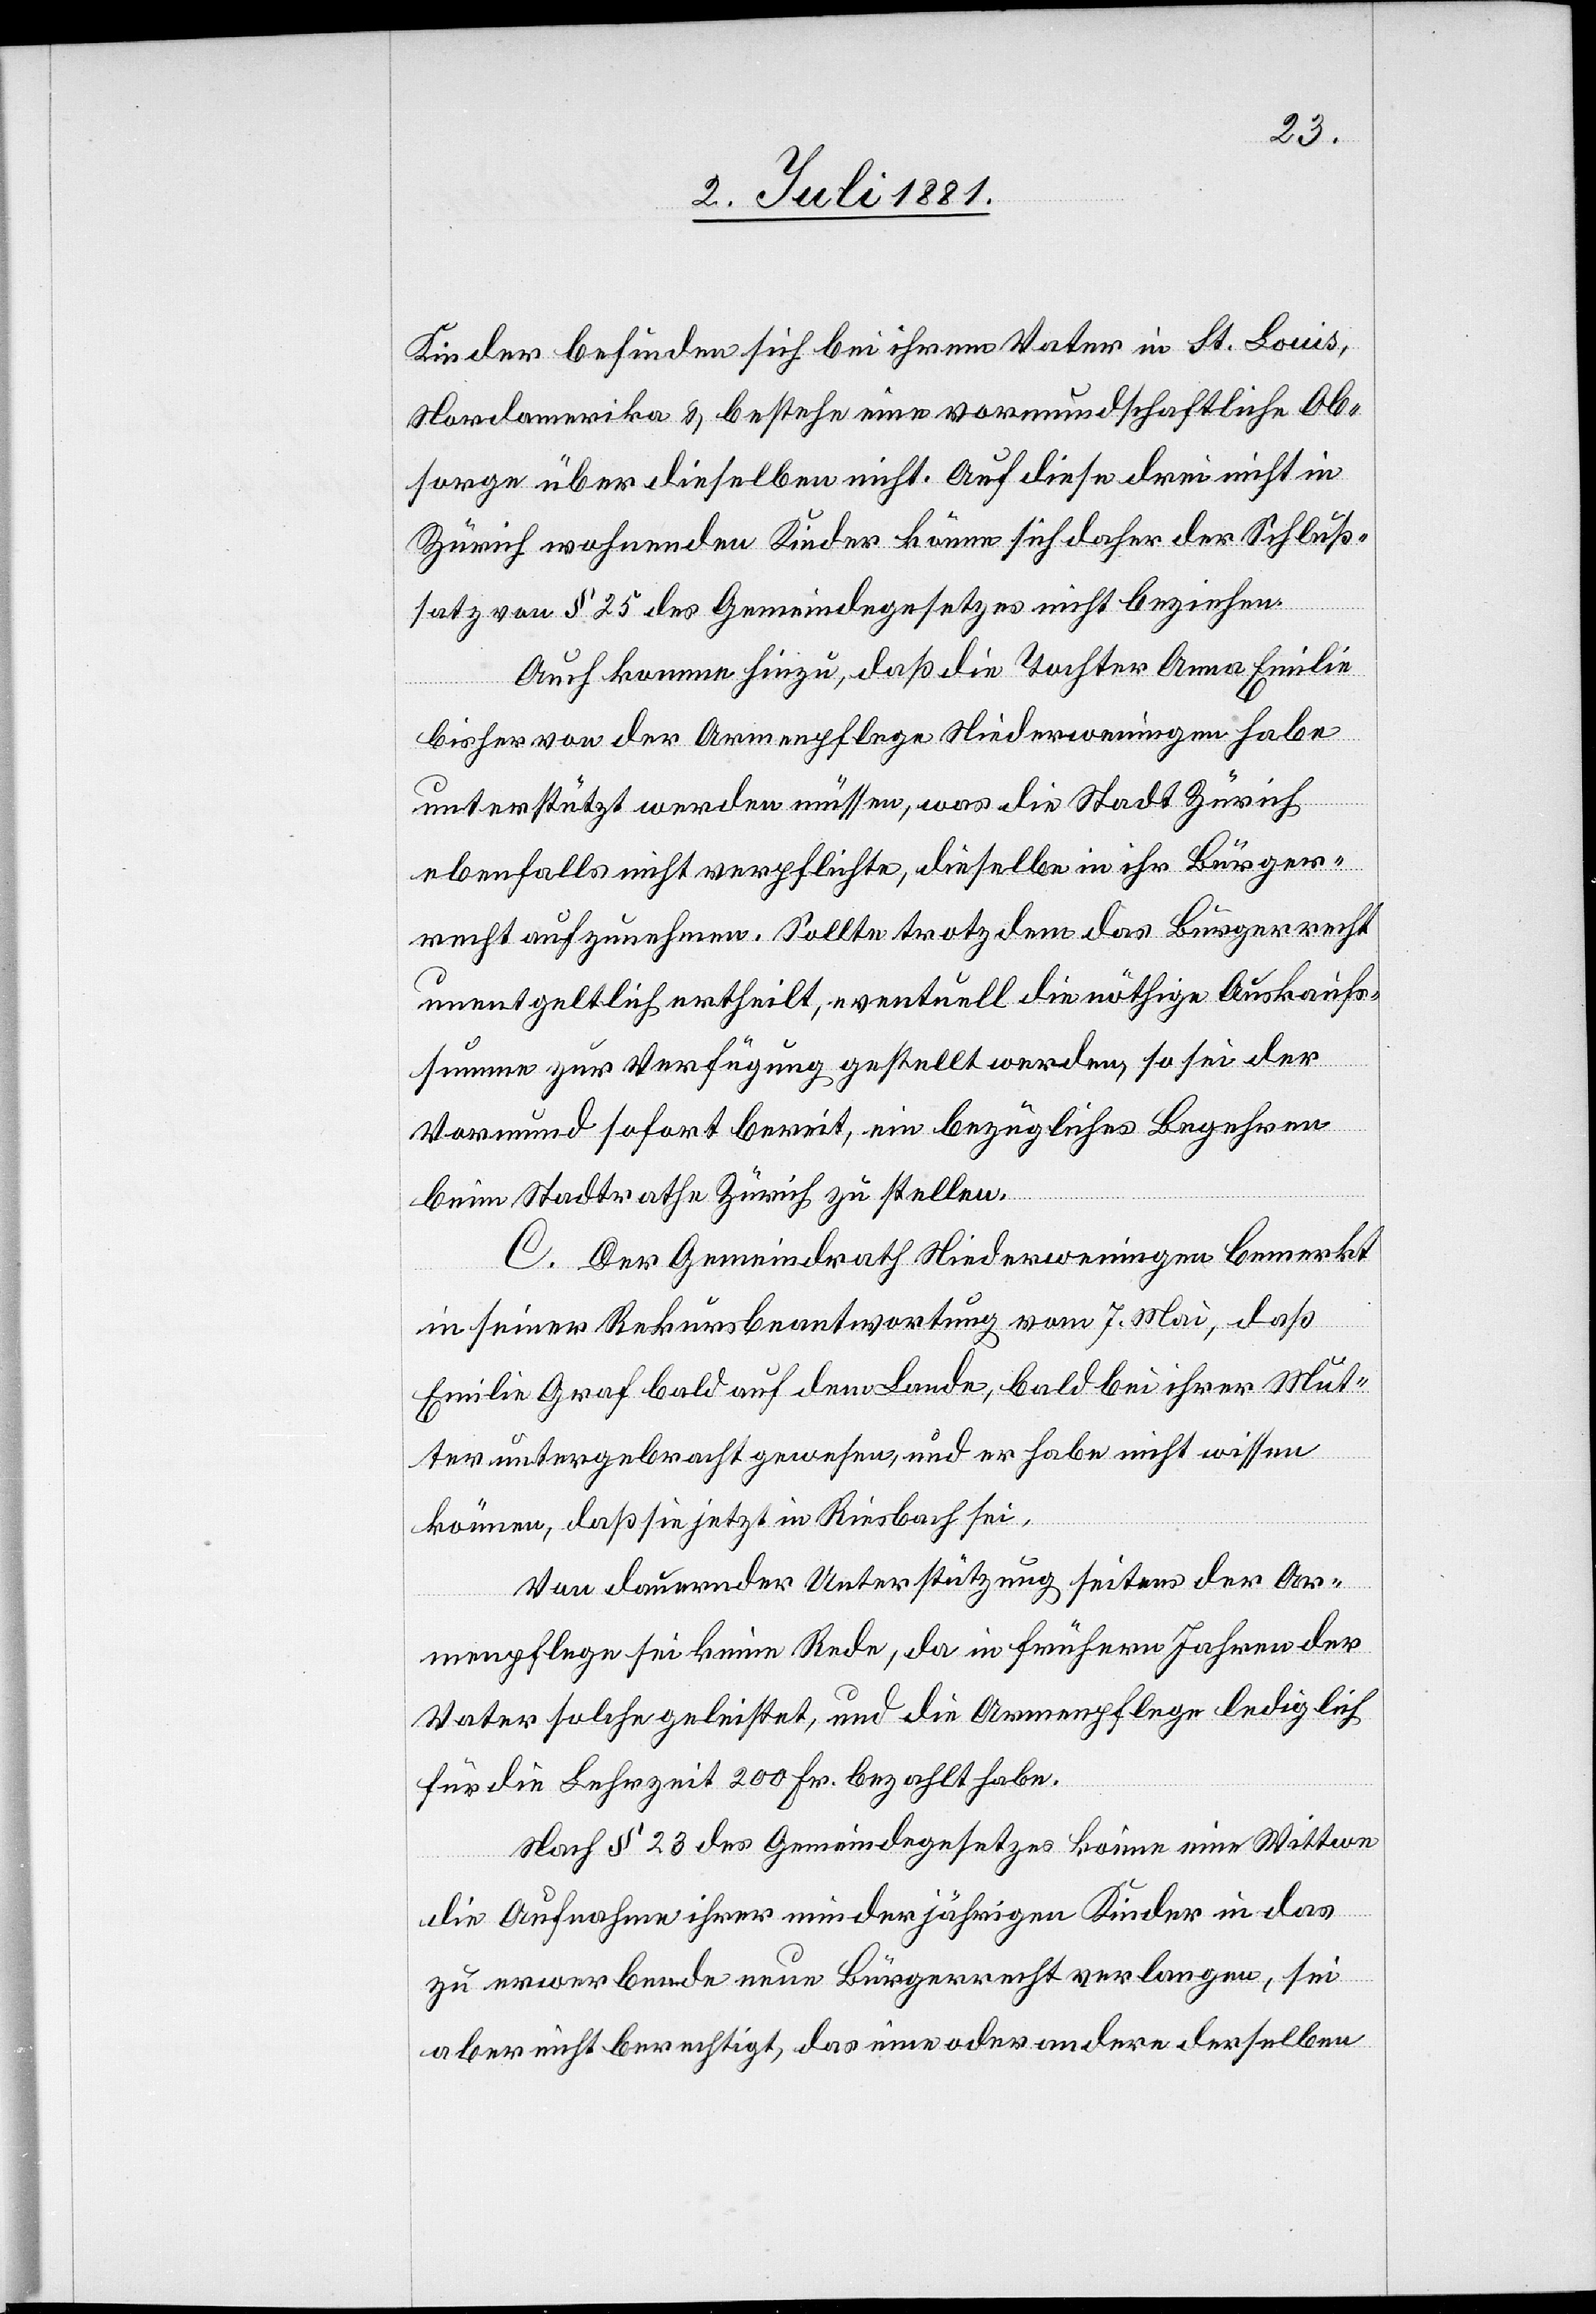
Kinder befinden sich bei ihrem Vater in St. Louis,
Nordamerika & bestehe nun vormundschaftliche Ob¬
sorge über dieselben nicht. Auf diese drei nicht in
Zürich wohnenden Kinder könne sich daher der Schluß¬
satz von § 25 des Gemeindegesetzes nicht beziehen.
Auch komme hinzu, daß die Tochter Anna Emilie
bisher von der Armenpflege Niederweningen habe
unterstützt werden müssen, was die Stadt Zürich
ebenfalls nicht verpflichte, dieselbe in ihr Bürger¬
recht aufzunehmen. Sollte trotzdem das Bürgerrecht
unentgeltlich ertheilt, eventuell die nöthige Auskaufs¬
summe zur Verfügung gestellt werden, so sei der
Vormund sofort bereit, ein bezügliches Begehren
beim Stadtrathe Zürich zu stellen.
C. Der Gemeindrath Niederweningen bemerkt
in seiner Rekursbeantwortung vom 7. Mai, daß
Emilie Graf bald auf dem Lande, bald bei ihrer Mut¬
ter untergebracht gewesen, und er habe nicht wissen
können, daß sie jetzt in Riesbach sei.
Von dauernder Unterstützung seitens der Ar¬
menpflege sei keine Rede, da in frühren Jahren der
Vater solche geleistet, und die Armenpflege lediglich
für die Lehrzeit 200 Fr. bezahlt habe.
Nach § 23 des Gemeindegesetzes könne eine Wittwe
die Aufnahme ihrer minderjährigen Kinder in das
zu erwerbende neue Bürgerrecht verlangen, sei
aber nicht berechtigt, das eine oder andere derselben